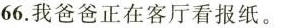
66.我爸爸正在客厅看报纸。